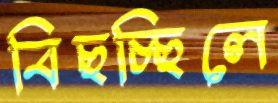
বিছচ্ছিলে